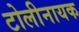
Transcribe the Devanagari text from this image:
टोलीनायक